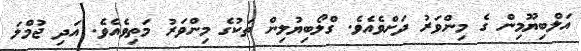
އަލްބިޔޫމިން ގެ މިންވަރު ދަށްވެއެވެ. ގްލޯބިޔުލިން ތަކުގެ މިންވަރު މަތިވެއެވެ. އަދި ޖުމްލަ